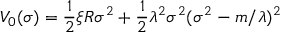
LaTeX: V _ { 0 } ( \sigma ) = \frac 1 2 \xi R \sigma ^ { 2 } + \frac 1 2 \lambda ^ { 2 } \sigma ^ { 2 } ( \sigma ^ { 2 } - m / \lambda ) ^ { 2 }